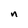
Character: n